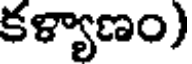
కళ్యాణం)